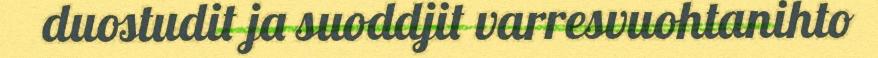
duostudit ja suoddjit varresvuohtanihto